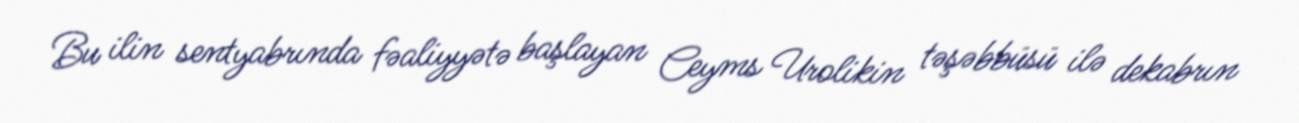
Bu ilin sentyabrında fəaliyyətə başlayan Ceyms Urolikin təşəbbüsü ilə dekabrın